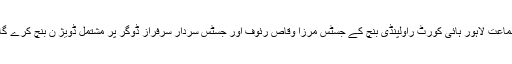
سماعت لاہور ہائی کورٹ راولپنڈی بنچ کے جسٹس مرزا وقاص رئوف اور جسٹس سردار سرفراز ڈوگر پر مشتمل ڈویژ ن بنچ کرے گا ۔